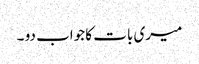
میری بات کا جواب دو ۔